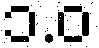
၁.ဝ